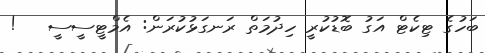
ބަހުގެ ޓިކެޓް އަގު ބޮޑުކުރީ ހިދުމަތް ރަނގަޅުކުރަން: އެމްޓީސީސީ   !